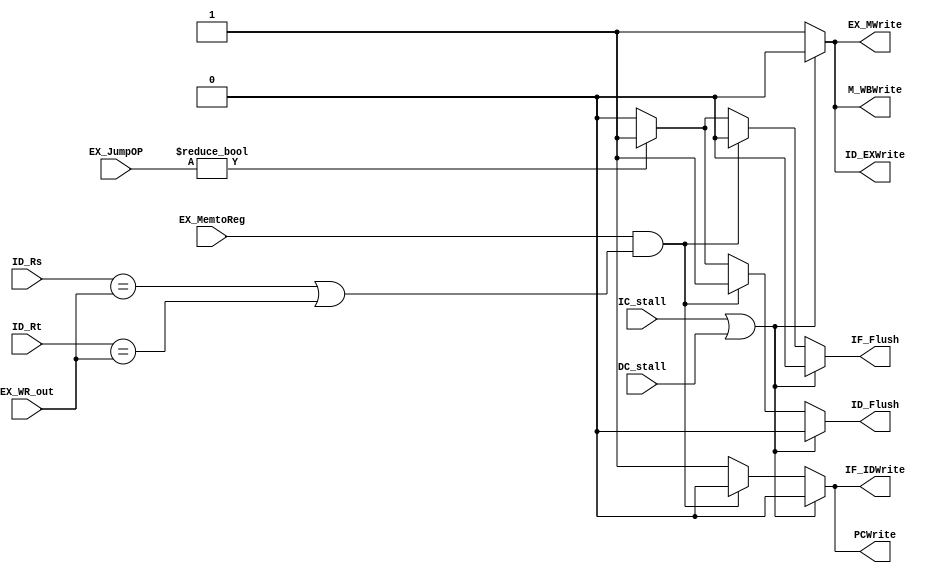
// Hazard Detection Unit

module HDU ( // input
			 IC_stall,
			 DC_stall,
			 ID_Rs,
             ID_Rt,
			 EX_WR_out,
			 EX_MemtoReg,
			 EX_JumpOP,
			 // output
			 PCWrite,			 
			 IF_IDWrite,
			 ID_EXWrite,
			 EX_MWrite,
			 M_WBWrite,	 		 
			 IF_Flush,
			 ID_Flush
			 );
	
	parameter bit_size = 32;
	
	input IC_stall;
	input DC_stall;
	input [4:0] ID_Rs;
	input [4:0] ID_Rt;
	input [4:0] EX_WR_out;
	input EX_MemtoReg;
	input [1:0] EX_JumpOP;
	
	output PCWrite;
	output IF_IDWrite;
	output ID_EXWrite;
	output EX_MWrite;
	output M_WBWrite;	
	output IF_Flush;
	output ID_Flush;
	reg PCWrite;
	reg IF_IDWrite;
	reg ID_EXWrite;
	reg EX_MWrite;
	reg M_WBWrite;	
	reg IF_Flush;
	reg ID_Flush;
	
	always @(*) begin
		PCWrite		 = 1;
		IF_IDWrite	 = 1;
		ID_EXWrite	 = 1;
		EX_MWrite	 = 1;
		M_WBWrite	 = 1;
		IF_Flush	 = 0;
		ID_Flush	 = 0;
		// Branch
		if (EX_JumpOP != 0) begin // Jump
			IF_Flush	 = 1;
		    ID_Flush	 = 1;
		end
		// Load
		if (EX_MemtoReg && (ID_Rs==EX_WR_out || ID_Rt==EX_WR_out) ) begin
			PCWrite		 = 0;
			IF_IDWrite	 = 0;
			IF_Flush	 = 0;
			ID_Flush	 = 1;
		end
		// cache miss
		if (IC_stall || DC_stall) begin
			PCWrite		 = 0;
			IF_IDWrite	 = 0;
			ID_EXWrite	 = 0;
			EX_MWrite	 = 0;
			M_WBWrite	 = 0;
			IF_Flush	 = 0;
			ID_Flush	 = 0;
		end
		
	end
	
endmodule